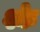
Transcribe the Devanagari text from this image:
श्के